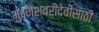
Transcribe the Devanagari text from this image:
भुवनेश्वरीदेवीसाठी